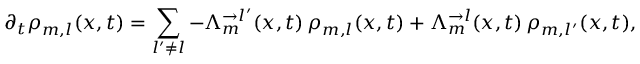
\partial _ { t } \rho _ { m , l } ( x , t ) = \sum _ { l ^ { \prime } \neq l } - \Lambda _ { m } ^ { \rightarrow l ^ { \prime } } ( x , t ) \, \rho _ { m , l } ( x , t ) + \Lambda _ { m } ^ { \rightarrow l } ( x , t ) \, \rho _ { m , l ^ { \prime } } ( x , t ) ,